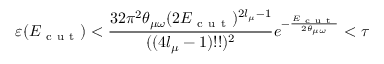
\varepsilon ( E _ { \mathrm { ~ c ~ u ~ t ~ } } ) < \frac { 3 2 \pi ^ { 2 } \theta _ { \mu \omega } ( 2 E _ { \mathrm { ~ c ~ u ~ t ~ } } ) ^ { 2 l _ { \mu } - 1 } } { ( ( 4 l _ { \mu } - 1 ) ! ! ) ^ { 2 } } e ^ { - \frac { E _ { \mathrm { ~ c ~ u ~ t ~ } } } { 2 \theta _ { \mu \omega } } } < \tau